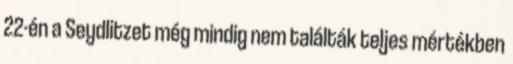
22-én a Seydlitzet még mindig nem találták teljes mértékben